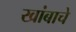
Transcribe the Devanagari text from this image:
खांबाचे